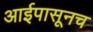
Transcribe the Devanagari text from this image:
आईपासूनच